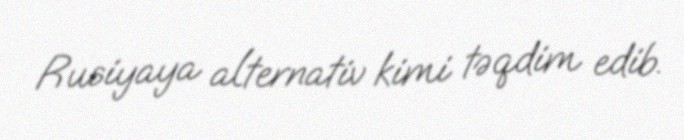
Rusiyaya alternativ kimi təqdim edib.